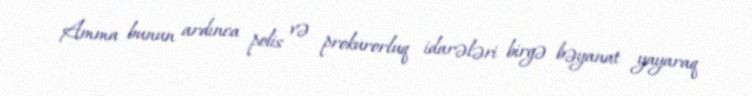
Amma bunun ardınca polis və prokurorluq idarələri birgə bəyanat yayaraq